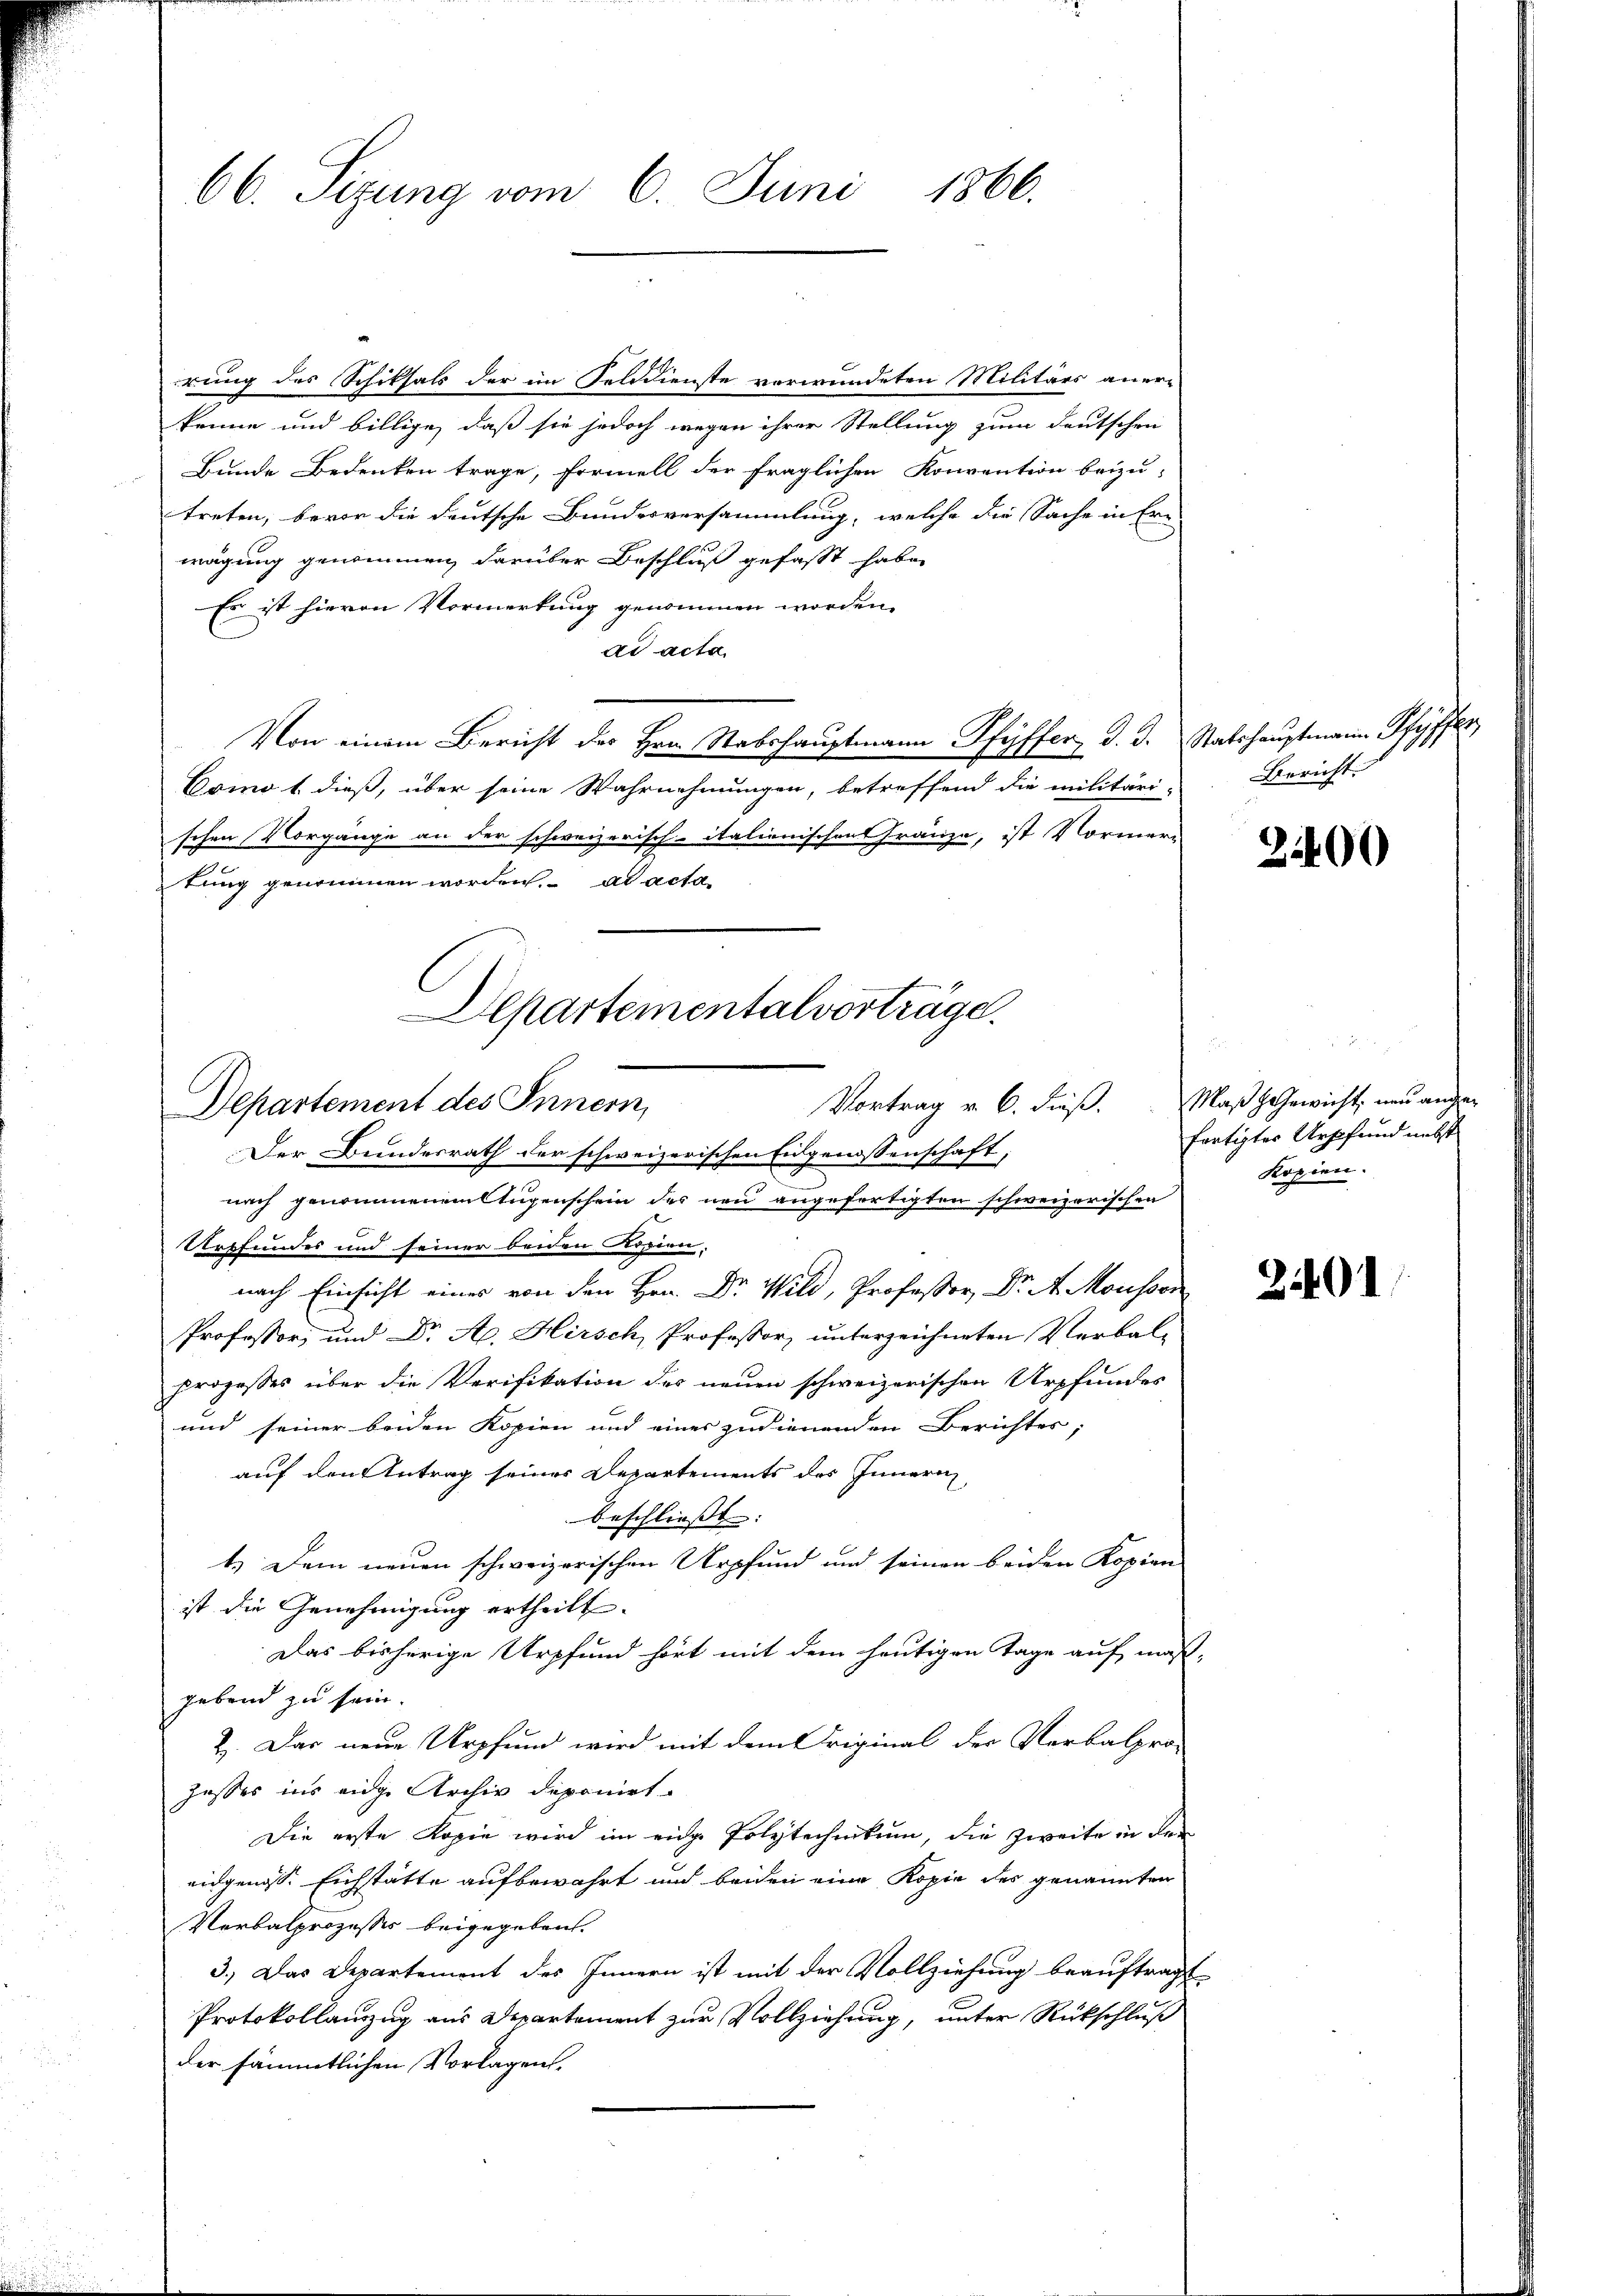
66. Sizung vom 6. Juni 1866.

rung des Schiksals der im Felddienste verwundeten Militärs aner-
kenne und billige, daß sie jedoch wegen ihrer Stellung zum deutschen
Bunde Bedenken trage, Formell der fraglichen Konvention beizu-
treten, bevor die deutsche Bundesversammlung, welche die Sache in Er-
wägung genommen darüber Beschluß gefasst habe,
Es ist hievon Vormerkung genommen worden.
dd acta.
Von einem Bericht des Hrn. Stabshauptmann Pfyffer d. d. Statshauptmann Pfyffer,
Como 1. dieß, über seine Wahrnehmungen, betreffend die militäri-
schen Vorgänge an der schweizerisch-italienischen Fränze, ist Vormer-
tung genommen worden. ad acta
Departementalvorträge.

Departement des Innern,
Der Bundesrath der schweizerischen Eidgenossenschaft,

nach genommenen tugenschein des neu angefertigten schweizerischen
Urpfundes und seiner beiden Kopien.
nach Einsicht eines von den Hrn. Dr. Wild, Professor Dr. A. Moussor
Professor, und Dr. A. Hirsch, Professor unterzeichneten Verbal-
prozesses über die Verifikation des neuen schweizerischen Urpfundes
und seiner beiden Kopien und einer zudienenden Berichtes;
auf den Antrag seines Departements des Innern
beschließt:
1.) Dem neuen schweizerischen Urpfund und seinen beiden Kopien
ist die Genehmigung ertheilt.
Das bisherige Urpfund hört mit dem heutigen Tage auf maß-
gebend zu sein.
2. Das neue Urpfund wird mit dem Original der Verbalpro¬
Jasses ins eidge Archiv deponirt.
Die erste Kopie wird im eidg. Polytechnikum, die Zweite in der
eidgenöss. Eichstätte aufbewahrt und beiden eine Kopie des genannten
Verbalprozesses beigegeben.
3.) Das Departement des Innern ist mit der Vollziehung beauftragt
Protokollanzug aus Departement zur Vollziehung, unter Rückschluß
der sämmtlichen Vorlagen.

Vortrag v. 6. dieß. MaßhGewicht, neu ange-

Bericht. |

3400

f 20 x
fertigter Ursfund nebst
Kopien.

2401